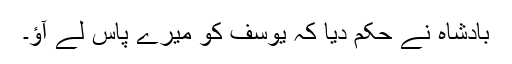
بادشاہ نے حکم دیا کہ یوسف کو میرے پاس لے آؤ۔